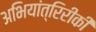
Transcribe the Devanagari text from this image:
अभियांत्रिरीकी